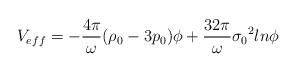
LaTeX: \begin{align*}V_{eff}=-\frac{4{\pi}}{\omega}({\rho}_{0}-3p_{0}){\phi}+\frac{32{\pi}}{\omega}{{\sigma}_{0}}^{2}ln{\phi}\end{align*}